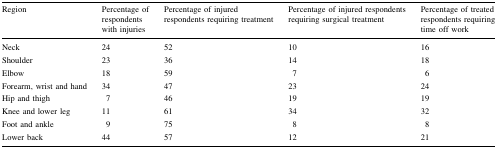
| Region | Percentage of respondents with injuries | Percentage of injured respondents requiring treatment | Percentage of injured respondents requiring surgical treatment | Percentage of treated respondents requiring time off work |
 | --- | --- | --- | --- | --- |
 | Neck | 24 | 52 | 10 | 16 |
 | Shoulder | 23 | 36 | 14 | 18 |
 | Elbow | 18 | 59 | 7 | 6 |
 | Forearm, wrist and hand | 34 | 47 | 23 | 24 |
 | Hip and thigh | 7 | 46 | 19 | 19 |
 | Knee and lower leg | 11 | 61 | 34 | 32 |
 | Foot and ankle | 9 | 75 | 8 | 8 |
 | Lower back | 44 | 57 | 12 | 21 |